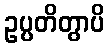
ဥပ္ပတိတွာပိ